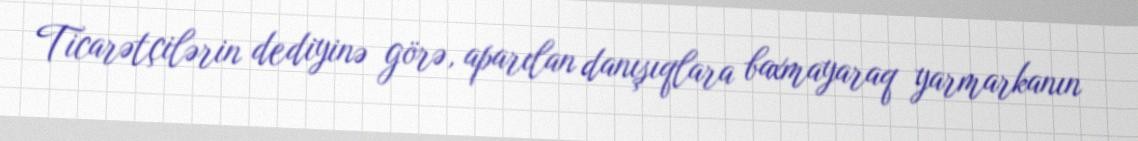
Ticarətçilərin dediyinə görə, aparılan danışıqlara baxmayaraq yarmarkanın